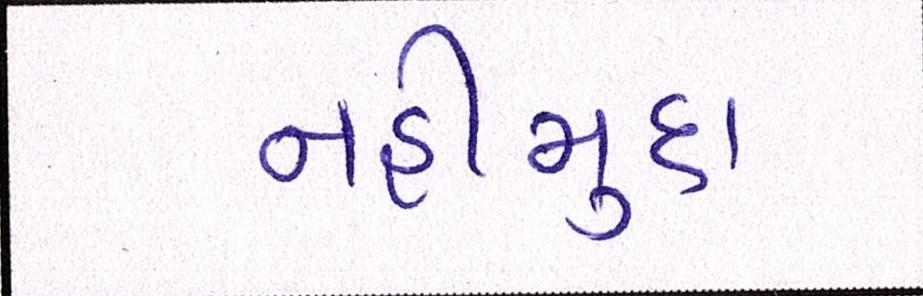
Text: નહીંમુર્દા